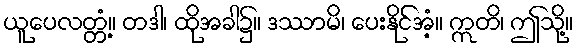
ယူပေလတ္တံ့။ တဒါ၊ ထိုအခါ၌။ ဒဿာမိ၊ ပေးနိုင်အံ့။ ဣတိ၊ ဤသို့။